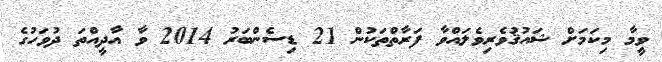
ވީމާ މިކަމަށް ޝައުޤުވެރިވެލައްވާ ފަރާތްތަކުން 21 ޑިސެންބަރު 2014 ވާ އާދީއްތަ ދުވަހުގެ